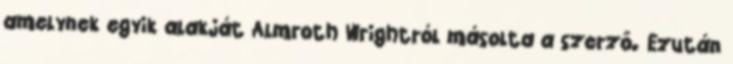
amelynek egyik alakját Almroth Wrightról másolta a szerző. Ezután